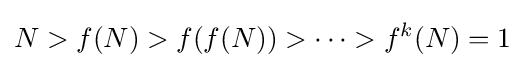
N>f(N)>f(f(N))>\cdots >f^{k}(N)=1